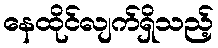
နေထိုင်လျက်ရှိသည့်